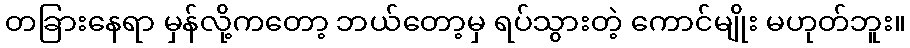
တခြားနေရာ မှန်လို့ကတော့ ဘယ်တော့မှ ရပ်သွားတဲ့ ကောင်မျိုး မဟုတ်ဘူး။